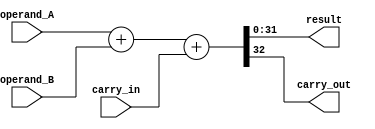
module manchester_carry_chain_adder(
    input [31:0] operand_A,
    input [31:0] operand_B,
    input carry_in,
    output [31:0] result,
    output carry_out
);

wire [31:0] sum;
wire carry;
wire overflow;

assign {carry, sum} = operand_A + operand_B + carry_in;

assign carry_out = carry;
assign result = sum;

endmodule